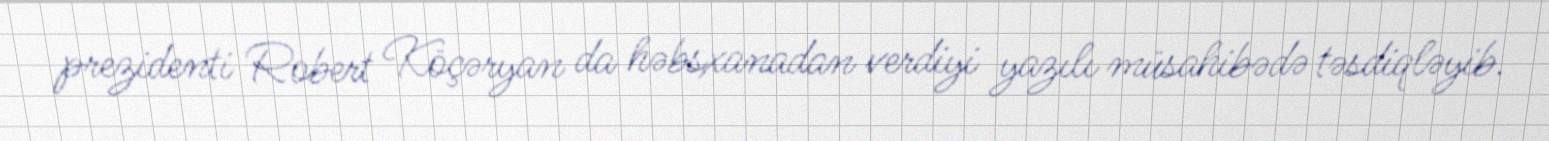
prezidenti Robert Köçəryan da həbsxanadan verdiyi yazılı müsahibədə təsdiqləyib.